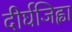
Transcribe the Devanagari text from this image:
दीर्घजिह्वा